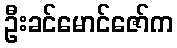
ဦးခင်မောင်ဇော်က